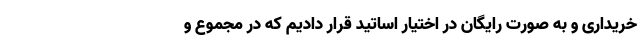
خریداری و به صورت رایگان در اختیار اساتید قرار دادیم که در مجموع و